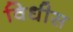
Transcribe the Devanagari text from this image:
विधीस